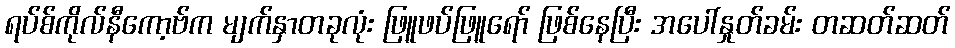
ရပ်စ်ကိုလ်နီကော့ဗ်က မျက်နှာတခုလုံး ဖြူဖပ်ဖြူရော် ဖြစ်နေပြီး အပေါ်နှုတ်ခမ်း တဆတ်ဆတ်